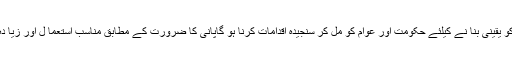
06 جون2018ء) ماحولیاتی تحفظ کو یقینی بنا نے کیلئے حکومت اور عوام کو مل کر سنجیدہ اقدامات کرنا ہو گاپانی کا ضرورت کے مطابق مناسب استعما ل اور زیا دہ سے زیادہ درخت لگا نے ہو نگے ۔